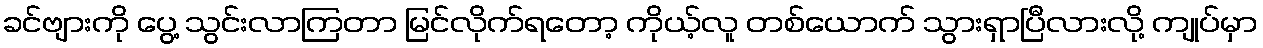
ခင်ဗျားကို ပွေ့ သွင်းလာကြတာ မြင်လိုက်ရတော့ ကိုယ့်လူ တစ်ယောက် သွားရှာပြီလားလို့ ကျုပ်မှာ